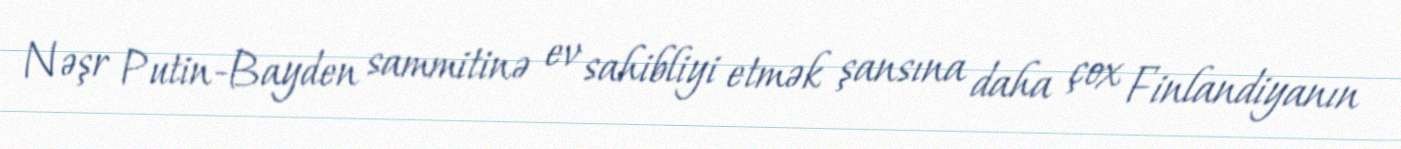
Nəşr Putin-Bayden sammitinə ev sahibliyi etmək şansına daha çox Finlandiyanın